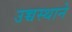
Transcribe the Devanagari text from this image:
उच्चस्थाने